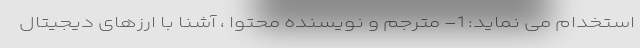
استخدام می نماید: 1- مترجم و نویسنده محتوا ، آشنا با ارزهای دیجیتال